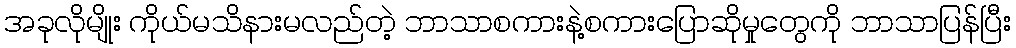
အခုလိုမျိုး ကိုယ်မသိနားမလည်တဲ့ ဘာသာစကားနဲ့စကားပြောဆိုမှုတွေကို ဘာသာပြန်ပြီး